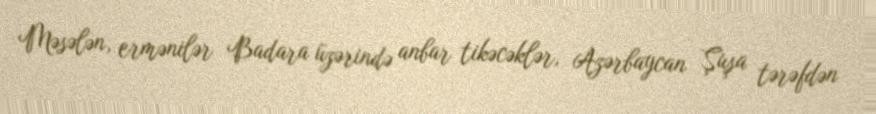
Məsələn, ermənilər Badara üzərində anbar tikəcəklər, Azərbaycan Şuşa tərəfdən